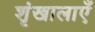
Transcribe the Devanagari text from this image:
शृंखालाएँ